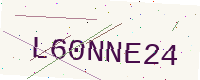
Text: L60NNE24